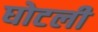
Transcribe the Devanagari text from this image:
घोटली